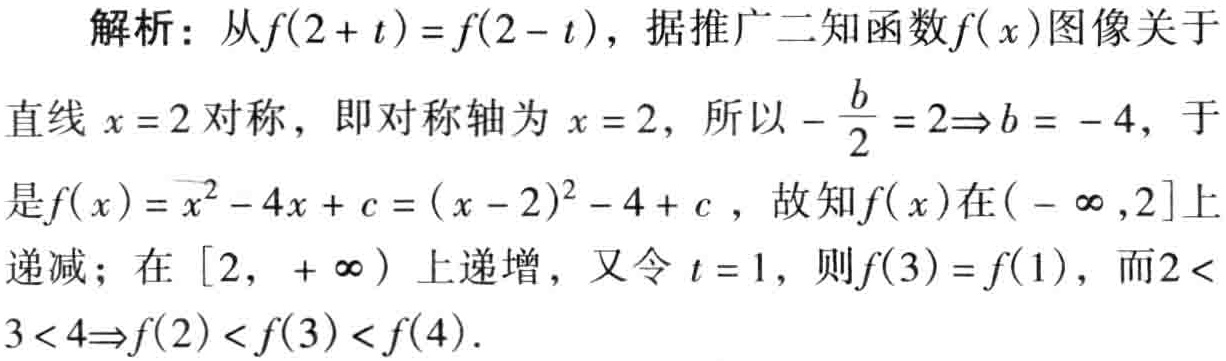
解析：从\(f(2 + t)=f(2 - t)\)，据推广二知函数\(f(x)\)图像关于

直线\(x = 2\)对称，即对称轴为\(x = 2\)，所以\(-\frac{b}{2}=2\Rightarrow b = - 4\)，于

是\(f(x)=x^{2}-4x + c=(x - 2)^{2}-4 + c\)，故知\(f(x)\)在\((-\infty,2]\)上

递减；在\([2,+\infty)\)上递增，又令\(t = 1\)，则\(f(3)=f(1)\)，而\(2<

3<4\Rightarrow f(2)<f(3)<f(4)\)。